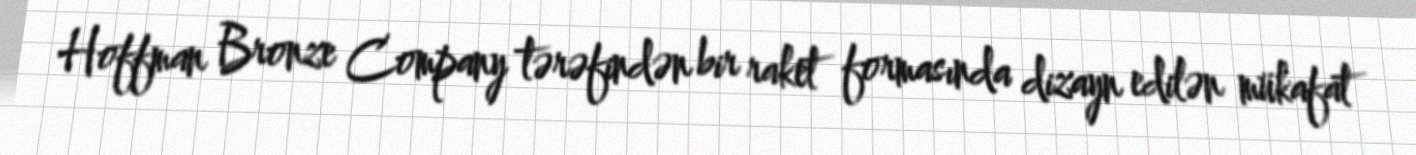
Hoffman Bronze Company tərəfindən bir raket formasında dizayn edilən mükafat